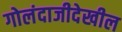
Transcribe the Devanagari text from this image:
गोलंदाजीदेखील